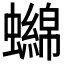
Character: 𧓭